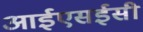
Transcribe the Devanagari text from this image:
आईएसईसी